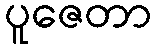
ပူဇေတာ